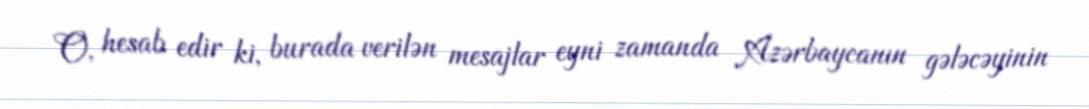
O, hesab edir ki, burada verilən mesajlar eyni zamanda Azərbaycanın gələcəyinin